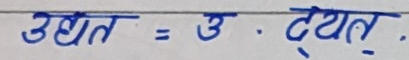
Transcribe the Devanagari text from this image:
उद्यत = उ . द्यत्.